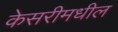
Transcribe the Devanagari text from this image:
केसरीमधील